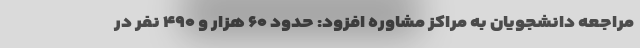
مراجعه دانشجویان به مراکز مشاوره افزود: حدود ۶۰ هزار و ۴۹۰ نفر در